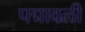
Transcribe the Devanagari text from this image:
पद्मावली